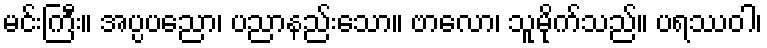
မင်းကြီး။ အပ္ပပညော၊ ပညာနည်းသော။ ဗာလော၊ သူမိုက်သည်။ ပရဿဝါ၊